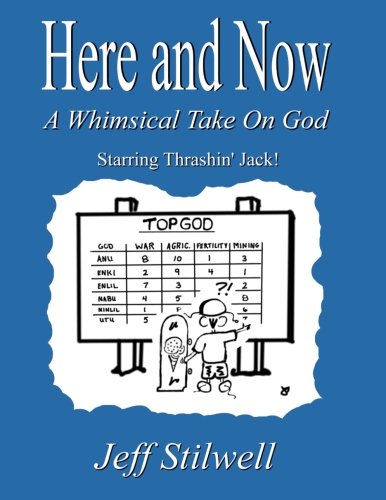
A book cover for Here and Now: A Whimsical Take on God; Jeff Stilwell; Humor & Entertainment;